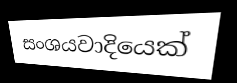
සංශයවාදියෙක්